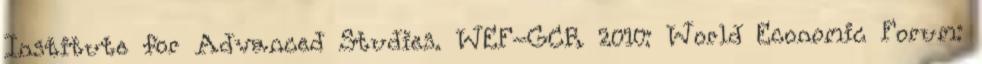
Institute for Advanced Studies. WEF-GCR 2010: World Economic Forum: